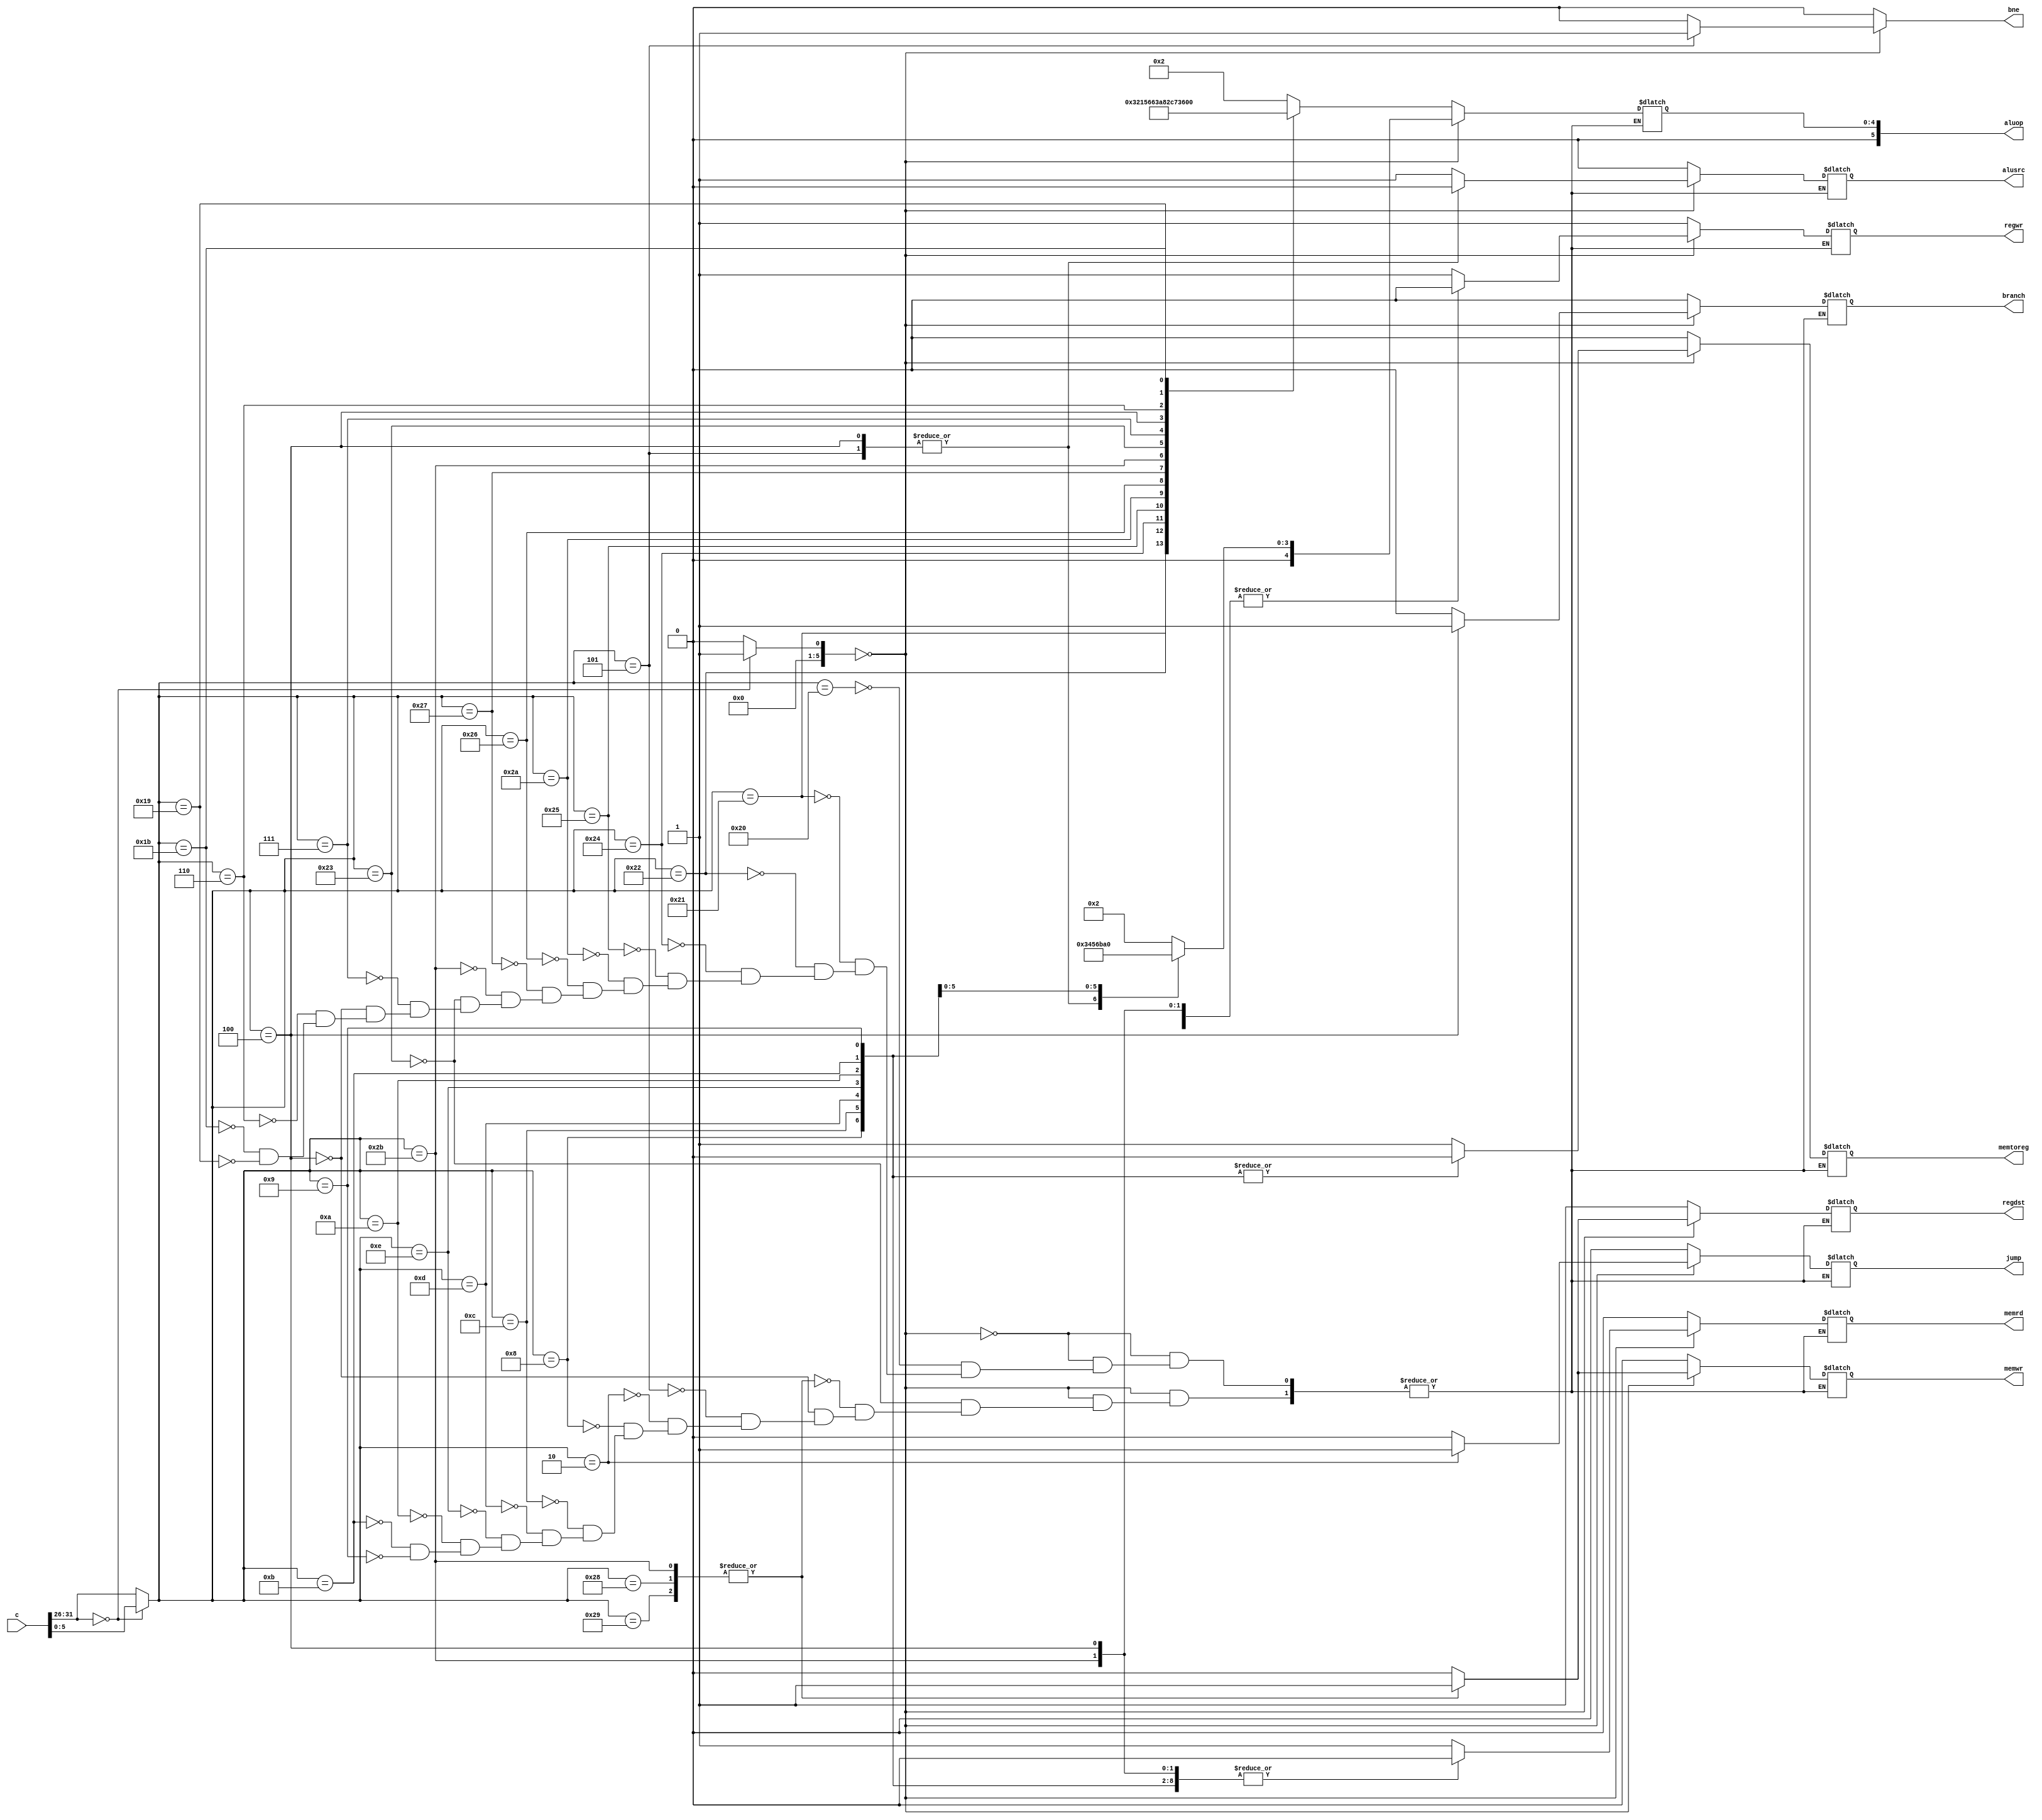
module CU(input [31:0] c,output regdst,output jump,output regwr,output bne,output branch,output memtoreg,output [5:0]aluop,output memwr,output memrd,output alusrc);
    parameter   //SPECIAL OP LIST   5-0
                ADDU    =   6'b100001,//1
                SUBU    =   6'b100011,//
                ADD     =   6'b100000,//
                SUB     =   6'b100010,//
                AND     =   6'b100100,//
                OR      =   6'b100101,//
                XOR     =   6'b100110,//
                NOR     =   6'b100111,//
                SLT     =   6'b101010,//
                SLTU    =   6'b101011,//
                SRL     =   6'b000010,//
                SRA     =   6'b000011,//
                SLL     =   6'b000000,//
                SLLV    =   6'b000100,
                SRLV    =   6'b000110,
                SRAV    =   6'b000111,
                JR      =   6'b001000,
                JALR    =   6'b001001,
                MULT    =    6'b011000,
                MULTU   =   6'b011001,
                DIV     =   6'b011010,
                DIVU    =   6'b011011,//
                MFHI    =   6'b010000,
                MFLO    =   6'b010010,
                MTHI    =   6'b010001,
                MTLO    =   6'b010011,
                BREAK   =   6'b001101,
                SYSCALL =   6'b001100,
                TEQ     =   6'b110100,
                //SPECIAL 2 func
                CLZ        =   6'b100000,
                MUL        =   6'b000010,
                //REGIMM OP LIST 20-16
                BLTZ    =   5'b00000,
                BGEZ    =   5'b00001,
                //COP0 OP LIST 
                ERET    =   6'b011000,  //5-0&&25TH=1
                MFC0    =   5'b00000,   //20-16
                MTC0    =   5'b00100,
                //OPCODE FIELD  31-26
                ADDI    =   6'b001000,//
                ADDIU   =   6'b001001,//
                ANDI    =   6'b001100,//
                ORI     =   6'b001101,//
                XORI    =   6'b001110,//
                LW      =   6'b100011,
                SW      =   6'b101011,
                BEQ     =   6'b000100,
                BNE     =   6'b000101,
                BLEZ    =   6'b000110,
                BGTZ    =   6'b000111,
                SLTI    =   6'b001010,
                SLTIU   =   6'b001011,
                LUI     =   6'b001111,
                J       =   6'b000010,
                JAL     =   6'b000011,
                LB      =   6'b100000,//    Load Byte Function=6'h24    
                LBU     =   6'b100100,//    1Load Byte Unsigned 
                LH      =   6'b100001,//    Load high 
                LHU     =   6'b100101,//    Load High Unsigned
                SB      =   6'b101000,//    Send Byte
                SH      =   6'b101001,//    Send High
                
                SPECIAL =   6'b000000,
                SPECIAL2=    6'b011100,
                REGIMM  =   6'b000001,
                COP0    =   6'b010000; 
   //alu 
    parameter   _ADDU   =   4'b0000;    //r=a+b unsigned
    parameter   _ADD    =   4'b0010;    //r=a+b signed
    parameter   _SUBU   =   4'b0001;    //r=a-b unsigned
    parameter   _SUB    =   4'b0011;    //r=a-b signed
    parameter   _AND    =   4'b0100;    //r=a&b
    parameter   _OR     =   4'b0101;    //r=a|b
    parameter   _XOR    =   4'b0110;    //r=a^b
    parameter   _NOR    =   4'b0111;    //r=~(a|b)
    
    parameter   _LUI    =   4'b1000;    //r={b[15:0],16'b0}
    parameter   _SLT    =   4'b1011;    //r=(a-b<0)?1:0 signed
    parameter   _SLTU   =   4'b1010;    //r=(a-b<0)?1:0 unsigned
    parameter   _SRA    =   4'b1100;    //r=b>>>a 
    parameter   _SLL    =   4'b1110;    //r=b<<a
    parameter   _SRL    =   4'b1101;    //r=b>>a
    parameter   _DIVU   = 6'b010000;
    parameter   _MULTU   = 6'b010001;
    parameter    _SYSCALL=   4'b1000,
                _BREAK    =   4'b1001,
                _TEQ    =   4'b1101;
reg c1,c2,c3,c4,c5,c6,c8,c9,c14;
reg[5:0]c7;
reg [5:0]o;
reg [5:0]mo,suanshu;
initial
begin
c14=0;
c1=0;
c2=0;
c3=0;
c4=0;
c5=0;
c6=0;
c7=0;
c8=0;
c9=0;
o=0;
end
   always @(*)
   begin
   suanshu=0;
   o[5:0]=c[31:26];
   mo[5:0]=c[5:0];
   if(o==0)
   begin
      o=mo;
      suanshu=1;
   end
   c14=0;
if(suanshu==0)
begin
c14=0;
   case(o)
LW:begin c1=0; c3=1;c4=1;c5=1;c6=0;c8=1;c9=0;c2=0;c7=_ADD;end//over
SW,SB,SH:begin c1=1; c3=0;c4=1;c5=0;c6=1;c8=1;c9=0;c2=0;c7=_ADD;end//over

BEQ:begin c1=0; c3=0;c4=0;c5=0;c6=0;c8=1;c9=1;c2=0;c7=_SUB;end
BNE:begin c1=0; c3=0;c4=0;c5=0;c6=0;c8=1;c9=0;c2=0;c7=_SUB;c14=1;end
J:begin c1=0; c3=0;c4=1;c5=0;c6=0;c8=1;c9=0;c2=1;c7=_ADD;end

ADDI:begin c1=0; c3=1;c4=1;c5=0;c6=0;c8=0;c9=0;c2=0;c7=_ADD;end//
ANDI:begin c1=0; c3=1;c4=1;c5=0;c6=0;c8=0;c9=0;c2=0;c7=_AND;end
ORI:begin c1=0; c3=1;c4=1;c5=0;c6=0;c8=0;c9=0;c2=0;c7=_OR;end
XORI:begin c1=0; c3=1;c4=1;c5=0;c6=0;c8=0;c9=0;c2=0;c7=_XOR;end
SLTI:begin c1=0; c3=1;c4=1;c5=0;c6=0;c8=0;c9=0;c2=0;c7=_SLT;end
SLTIU:begin c1=0; c3=1;c4=1;c5=0;c6=0;c8=0;c9=0;c2=0;c7=_SLTU;end
ADDIU:begin c1=0; c3=1;c4=1;c5=0;c6=0;c8=0;c9=0;c2=0;c7=_ADDU;end
   endcase
end

else
begin
c14=0;
   case(o)
ADD:begin c1=1; c3=1;c4=0;c5=0;c6=0;c8=0;c9=0;c2=0;c7=_ADD;end
ADDU:begin c1=1; c3=1;c4=0;c5=0;c6=0;c8=0;c9=0;c2=0;c7=_ADDU;end
SUB:begin c1=1; c3=1;c4=0;c5=0;c6=0;c8=0;c9=0;c2=0;c7=_SUB;end
AND:begin c1=1; c3=1;c4=0;c5=0;c6=0;c8=0;c9=0;c2=0;c7=_AND;end
OR:begin c1=1; c3=1;c4=0;c5=0;c6=0;c8=0;c9=0;c2=0;c7=_OR;end
SLT:begin c1=1; c3=1;c4=0;c5=0;c6=0;c8=0;c9=0;c2=0;c7=_SLT;end
XOR:begin c1=1; c3=1;c4=0;c5=0;c6=0;c8=0;c9=0;c2=0;c7=_XOR;end//new
NOR:begin c1=1; c3=1;c4=0;c5=0;c6=0;c8=0;c9=0;c2=0;c7=_NOR;end
SLTU:begin c1=1; c3=1;c4=0;c5=0;c6=0;c8=0;c9=0;c2=0;c7=_SLTU;end
SUBU:begin c1=1; c3=1;c4=0;c5=0;c6=0;c8=0;c9=0;c2=0;c7=_SUBU;end
SRAV:begin c1=1; c3=1;c4=0;c5=0;c6=0;c8=0;c9=0;c2=0;c7=_SRA;end
SLLV:begin c1=1; c3=1;c4=0;c5=0;c6=0;c8=0;c9=0;c2=0;c7=_SLL;end
SRLV:begin c1=1; c3=1;c4=0;c5=0;c6=0;c8=0;c9=0;c2=0;c7=_SRL;end
DIVU:begin c1=1; c3=1;c4=0;c5=0;c6=0;c8=0;c9=0;c2=0;c7=_DIVU;end
MULTU:begin c1=1; c3=1;c4=0;c5=0;c6=0;c8=0;c9=0;c2=0;c7=_MULTU;end

   endcase
end
   end
assign regdst=c1;
assign jump=c2;
assign regwr=c3;
assign alusrc=c4;
assign memrd=c5;
assign memwr=c6;
assign aluop=c7;
assign memtoreg=c8;
assign branch=c9;
assign bne=c14;
endmodule